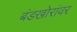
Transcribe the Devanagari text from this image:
बंडखोरांवर